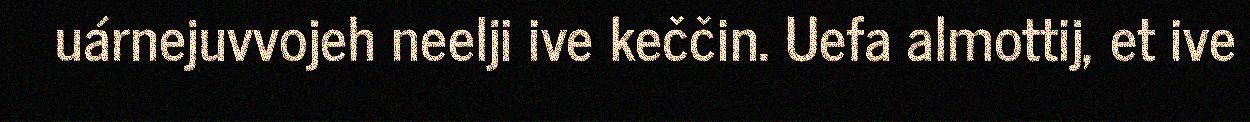
uárnejuvvojeh neelji ive keččin. Uefa almottij, et ive